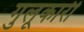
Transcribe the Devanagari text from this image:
गुलूकारी